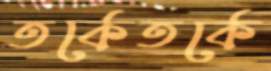
তর্কেতর্কে